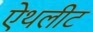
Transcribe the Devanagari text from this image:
ऐथलीट